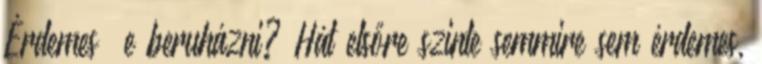
Érdemes –e beruházni? Hát elsőre szinte semmire sem érdemes,